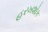
હરખશોક